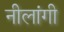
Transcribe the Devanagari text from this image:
नीलांगी